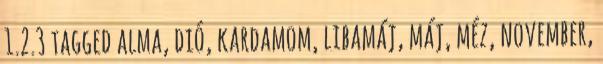
1.2.3 tagged alma, dió, kardamom, libamáj, máj, méz, november,